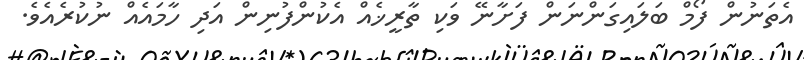
އެތަނުން ފޯމް ބަލައިގަންނަން ފަށާނޭ ވަކި ތާރީޚެއް އެކުންފުނިން އަދި ހާމައެއް ނުކުރެއެވެ.